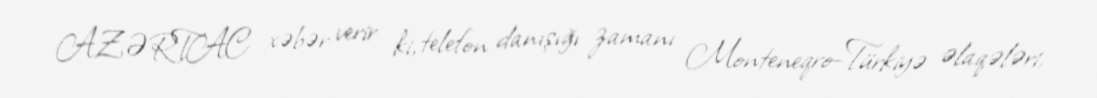
AZƏRTAC xəbər verir ki, telefon danışığı zamanı Monteneqro-Türkiyə əlaqələri,